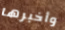
وأخبرها